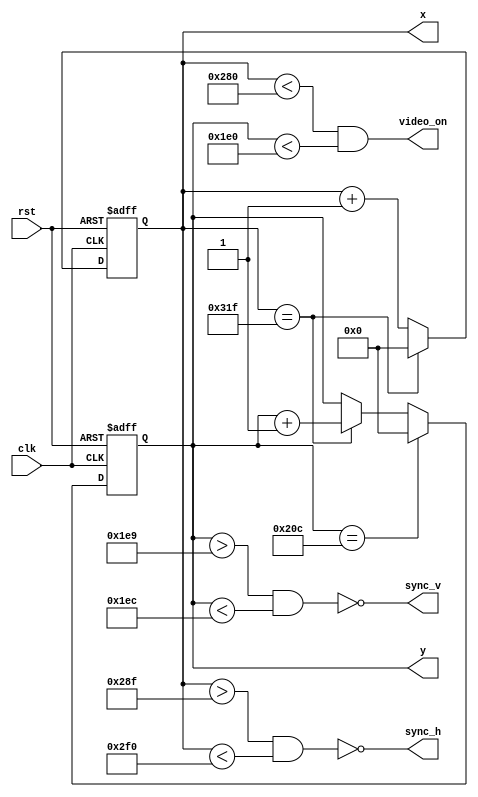
`timescale 1ns / 1ps

//------------------------------------------------------------------------------
// Generate the VGA control signal
//------------------------------------------------------------------------------
module vga_sync(
    input wire clk,          // Clock (25MHz)
    input wire rst,          // Reset
    output wire sync_h,      // VGA horizontal sync
    output wire sync_v,      // VGA vertical sync
    output wire video_on,    // True when in the display area
    output reg [9:0] x,      // X coordinate
    output reg [9:0] y       // Y coordinate
    );
    
    assign sync_h = ~(x > 655 && x < 752);
    assign sync_v = ~(y > 489 && y < 492);
    assign video_on = (x < 640 && y < 480);
     
    always @ (posedge clk or negedge rst) begin
        if (!rst) begin
            x <= 0;
            y <= 0;
        end
        else begin
            if (x == 799)
                x <= 0;
            else
                x <= x + 1'b1;
            if (y == 524)
                y <= 0;
            else if (x == 799)
                y <= y + 1'b1;
        end
    end
    
endmodule